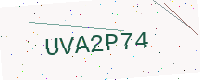
Text: UVA2P74